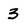
Character: 3